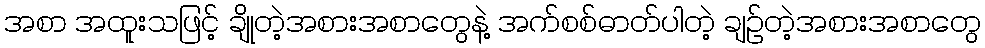
အစာ အထူးသဖြင့် ချိုတဲ့အစားအစာတွေနဲ့ အက်စစ်ဓာတ်ပါတဲ့ ချဉ်တဲ့အစားအစာတွေ